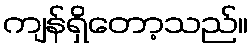
ကျန်ရှိတော့သည်။